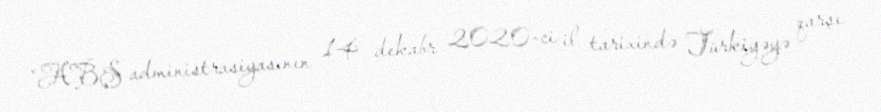
“ABŞ administrasiyasının 14 dekabr 2020-ci il tarixində Türkiyəyə qarşı